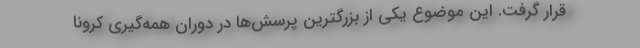
قرار گرفت. این موضوع یکی از بزرگترین پرسش‌ها در دوران همه‌گیری کرونا